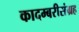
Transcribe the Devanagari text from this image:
कादम्बरीसंग्रह